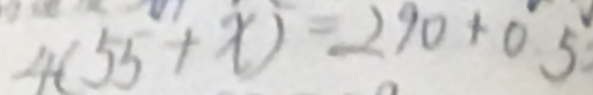
4 ( 5 5 + x ) = 2 9 0 + 0 . 5